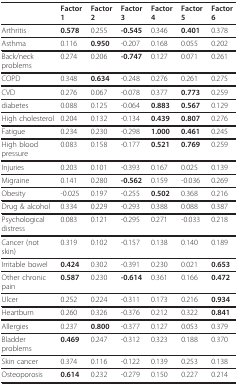
<table><thead><tr><td></td><td><b>Factor 1</b></td><td><b>Factor 2</b></td><td><b>Factor 3</b></td><td><b>Factor 4</b></td><td><b>Factor 5</b></td><td><b>Factor 6</b></td></tr></thead><tbody><tr><td>Arthritis</td><td><b>0.578</b></td><td>0.255</td><td><b>-0.545</b></td><td>0.346</td><td><b>0.401</b></td><td>0.378</td></tr><tr><td>Asthma</td><td>0.116</td><td><b>0.950</b></td><td>-0.207</td><td>0.168</td><td>0.055</td><td>0.202</td></tr><tr><td>Back/neck problems</td><td>0.274</td><td>0.206</td><td><b>-0.747</b></td><td>0.127</td><td>0.071</td><td>0.261</td></tr><tr><td>COPD</td><td>0.348</td><td><b>0.634</b></td><td>-0.248</td><td>0.276</td><td>0.261</td><td>0.275</td></tr><tr><td>CVD</td><td>0.276</td><td>0.067</td><td>-0.078</td><td>0.377</td><td><b>0.773</b></td><td>0.259</td></tr><tr><td>diabetes</td><td>0.088</td><td>0.125</td><td>-0.064</td><td><b>0.883</b></td><td><b>0.567</b></td><td>0.129</td></tr><tr><td>High cholesterol</td><td>0.204</td><td>0.132</td><td>-0.134</td><td><b>0.439</b></td><td><b>0.807</b></td><td>0.276</td></tr><tr><td>Fatigue</td><td>0.234</td><td>0.230</td><td>-0.298</td><td><b>1.000</b></td><td><b>0.461</b></td><td>0.245</td></tr><tr><td>High blood pressure</td><td>0.083</td><td>0.158</td><td>-0.177</td><td><b>0.521</b></td><td><b>0.769</b></td><td>0.259</td></tr><tr><td>Injuries</td><td>0.203</td><td>0.101</td><td>-0.393</td><td>0.167</td><td>0.025</td><td>0.139</td></tr><tr><td>Migraine</td><td>0.141</td><td>0.280</td><td><b>-0.562</b></td><td>0.159</td><td>-0.036</td><td>0.269</td></tr><tr><td>Obesity</td><td>-0.025</td><td>0.197</td><td>-0.255</td><td><b>0.502</b></td><td>0.368</td><td>0.216</td></tr><tr><td>Drug &amp; alcohol</td><td>0.334</td><td>0.229</td><td>-0.293</td><td>0.388</td><td>0.088</td><td>0.387</td></tr><tr><td>Psychological distress</td><td>0.083</td><td>0.121</td><td>-0.295</td><td>0.271</td><td>-0.033</td><td>0.218</td></tr><tr><td>Cancer (not skin)</td><td>0.319</td><td>0.102</td><td>-0.157</td><td>0.138</td><td>0.140</td><td>0.189</td></tr><tr><td>Irritable bowel</td><td><b>0.424</b></td><td>0.302</td><td>-0.391</td><td>0.230</td><td>0.021</td><td><b>0.653</b></td></tr><tr><td>Other chronic pain</td><td><b>0.587</b></td><td>0.230</td><td><b>-0.614</b></td><td>0.361</td><td>0.166</td><td><b>0.472</b></td></tr><tr><td>Ulcer</td><td>0.252</td><td>0.224</td><td>-0.311</td><td>0.173</td><td>0.216</td><td><b>0.934</b></td></tr><tr><td>Heartburn</td><td>0.260</td><td>0.326</td><td>-0.376</td><td>0.212</td><td>0.322</td><td><b>0.841</b></td></tr><tr><td>Allergies</td><td>0.237</td><td><b>0.800</b></td><td>-0.377</td><td>0.127</td><td>0.053</td><td>0.379</td></tr><tr><td>Bladder problems</td><td><b>0.469</b></td><td>0.247</td><td>-0.312</td><td>0.323</td><td>0.188</td><td>0.370</td></tr><tr><td>Skin cancer</td><td>0.374</td><td>0.116</td><td>-0.122</td><td>0.139</td><td>0.253</td><td>0.138</td></tr><tr><td>Osteoporosis</td><td><b>0.614</b></td><td>0.232</td><td>-0.279</td><td>0.150</td><td>0.227</td><td>0.214</td></tr></tbody></table>